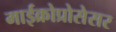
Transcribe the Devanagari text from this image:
माईक्रोप्रोसेसर